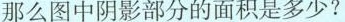
那么图中阴影部分的面积是多少?